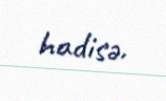
hadisə.